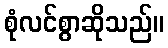
စုံလင်စွာဆိုသည်။